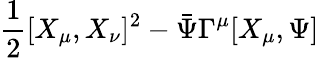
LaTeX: \frac{1}{2}[X_{\mu},X_{\nu}]^{2}-\bar{\Psi}\Gamma^{\mu}[X_{\mu},\Psi]